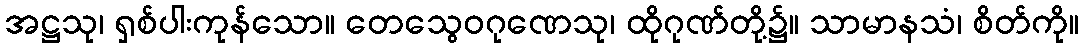
အဋ္ဌသု၊ ရှစ်ပါးကုန်သော။ တေသွေဝဂုဏေသု၊ ထိုဂုဏ်တို့၌။ သာမာနသံ၊ စိတ်ကို။